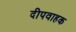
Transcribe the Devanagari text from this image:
दीपवाहक